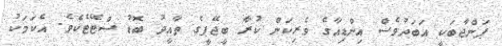
ޕަންޖާބަކީ އަބަދުވެސް އިންޑިއާގެ ވެރިކަން ކުރާ ބީޖޭޕީގެ ތާއީދު ބޮޑު ސްޓޭޓެކެވެ. އެކަމަކު